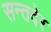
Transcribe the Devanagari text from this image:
सन्तदेर